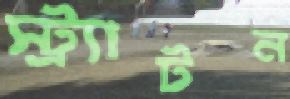
স্ট্র্যাটন